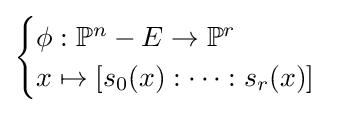
{\begin{cases}\phi :\mathbb {P} ^{n}-E\to \mathbb {P} ^{r}\\x\mapsto [s_{0}(x):\cdots :s_{r}(x)]\end{cases}}